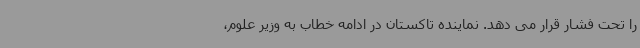
را تحت فشار قرار می دهد. نماینده تاکستان در ادامه خطاب به وزیر علوم،